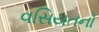
વસિયતનો